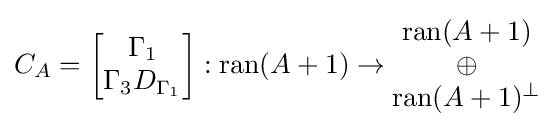
C_{A}={\begin{bmatrix}\Gamma _{1}\\\Gamma _{3}D_{\Gamma _{1}}\end{bmatrix}}:\operatorname {ran} (A+1)\rightarrow {\begin{matrix}\operatorname {ran} (A+1)\\\oplus \\\operatorname {ran} (A+1)^{\perp }\end{matrix}}